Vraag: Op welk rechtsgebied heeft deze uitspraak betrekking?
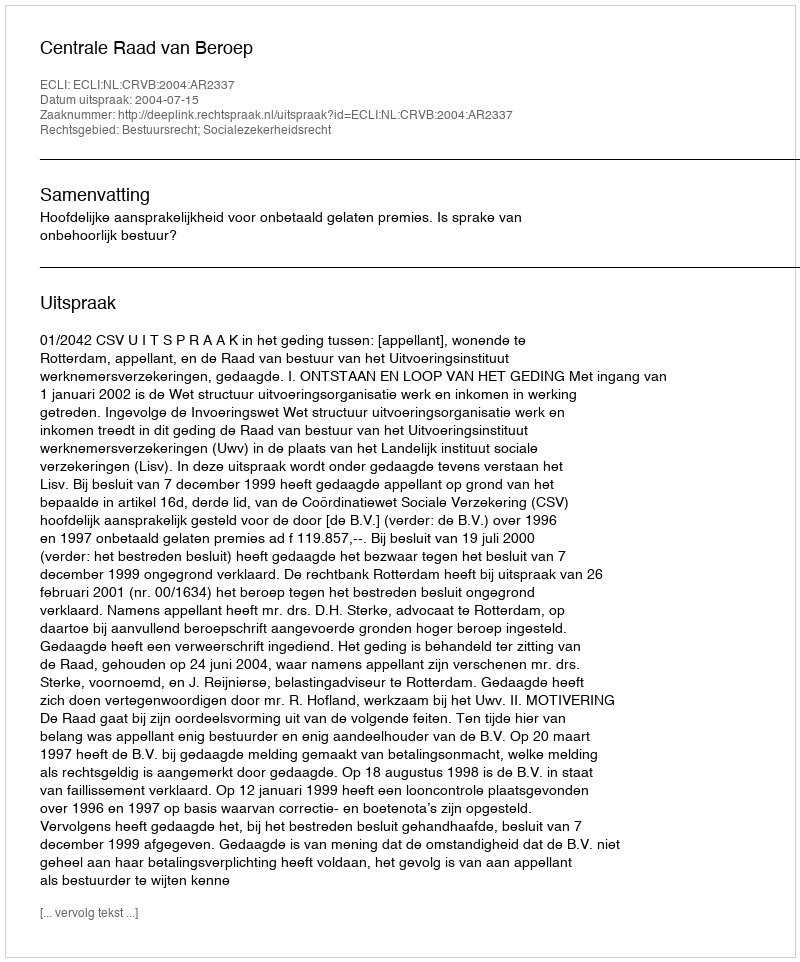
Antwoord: Bestuursrecht; Socialezekerheidsrecht